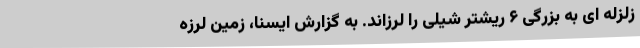
زلزله ای به بزرگی ۶ ریشتر شیلی را لرزاند. به گزارش ایسنا، زمین لرزه